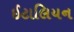
ઈટાલિયન